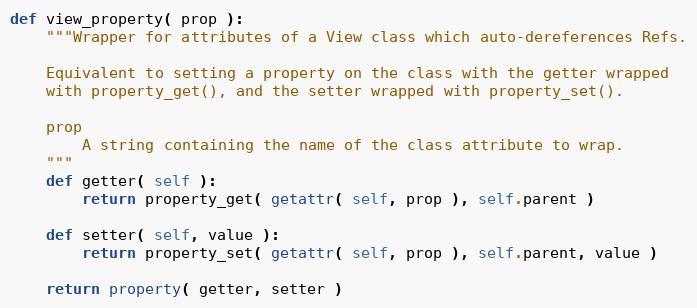
Language: Python
def view_property( prop ):
    """Wrapper for attributes of a View class which auto-dereferences Refs.

    Equivalent to setting a property on the class with the getter wrapped
    with property_get(), and the setter wrapped with property_set().

    prop
        A string containing the name of the class attribute to wrap.
    """
    def getter( self ):
        return property_get( getattr( self, prop ), self.parent )

    def setter( self, value ):
        return property_set( getattr( self, prop ), self.parent, value )

    return property( getter, setter )